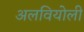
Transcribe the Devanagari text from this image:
अलवियोली